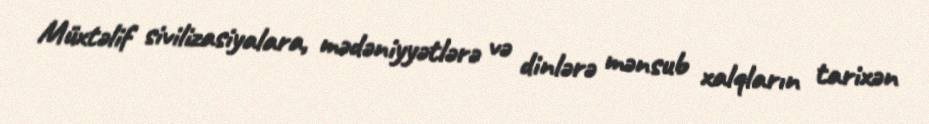
Müxtəlif sivilizasiyalara, mədəniyyətlərə və dinlərə mənsub xalqların tarixən